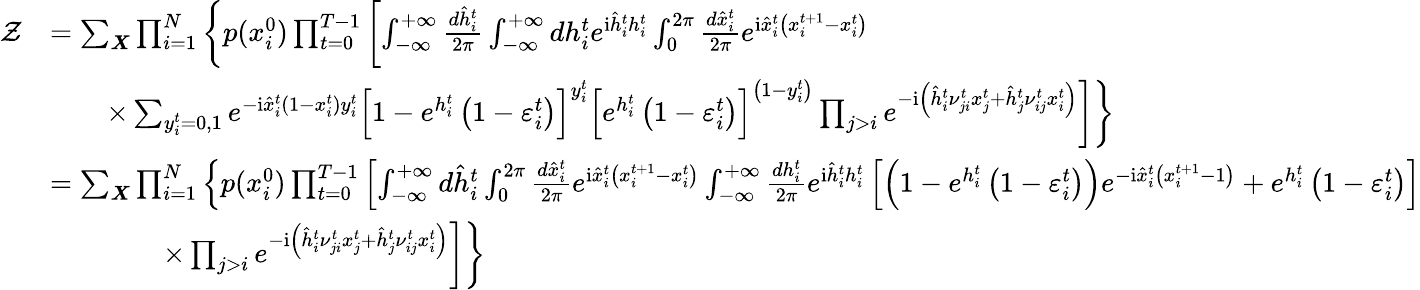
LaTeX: \begin{array}{rl}{\mathcal{Z}}&{=\sum_{\boldsymbol{X}}\prod_{i=1}^{N}\left\{ p(x_{i}^{0})\prod_{t=0}^{T-1}\left[\int_{-\infty}^{+\infty}\frac{d\hat{h}_{i}^{t}}{2\pi}\int_{-\infty}^{+\infty}dh_{i}^{t}e^{\mathrm{i}\hat{h}_{i}^{t}h_{i}^{t}}\int_{0}^{2\pi}\frac{d\hat{x}_{i}^{t}}{2\pi}e^{\mathrm{i}\hat{x}_{i}^{t}\left(x_{i}^{t+1}-x_{i}^{t}\right)}\right.\right.}\\ &{\left.\left.\qquad\times\sum_{y_{i}^{t}=0,1}e^{-\mathrm{i}\hat{x}_{i}^{t}(1-x_{i}^{t})y_{i}^{t}}\left[1-e^{h_{i}^{t}}\left(1-\varepsilon_{i}^{t}\right)\right]^{y_{i}^{t}}\left[e^{h_{i}^{t}}\left(1-\varepsilon_{i}^{t}\right)\right]^{\left(1-y_{i}^{t}\right)}\prod_{j>i}e^{-\mathrm{i}\left(\hat{h}_{i}^{t}\nu_{ji}^{t}x_{j}^{t}+\hat{h}_{j}^{t}\nu_{ij}^{t}x_{i}^{t}\right)}\right]\right\} }\\ &{=\sum_{\boldsymbol{X}}\prod_{i=1}^{N}\left\{ p(x_{i}^{0})\prod_{t=0}^{T-1}\left[\int_{-\infty}^{+\infty}d\hat{h}_{i}^{t}\int_{0}^{2\pi}\frac{d\hat{x}_{i}^{t}}{2\pi}e^{\mathrm{i}\hat{x}_{i}^{t}\left(x_{i}^{t+1}-x_{i}^{t}\right)}\int_{-\infty}^{+\infty}\frac{dh_{i}^{t}}{2\pi}e^{\mathrm{i}\hat{h}_{i}^{t}h_{i}^{t}}\left[\left(1-e^{h_{i}^{t}}\left(1-\varepsilon_{i}^{t}\right)\right)e^{-\mathrm{i}\hat{x}_{i}^{t}\left(x_{i}^{t+1}-1\right)}+e^{h_{i}^{t}}\left(1-\varepsilon_{i}^{t}\right)\right]\right.\right.}\\ &{\left.\left.\qquad\qquad\times\prod_{j>i}e^{-\mathrm{i}\left(\hat{h}_{i}^{t}\nu_{ji}^{t}x_{j}^{t}+\hat{h}_{j}^{t}\nu_{ij}^{t}x_{i}^{t}\right)}\right]\right\} }\end{array}